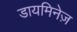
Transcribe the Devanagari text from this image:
डायमिनेज़